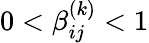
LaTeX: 0<\beta_{ij}^{(k)}<1